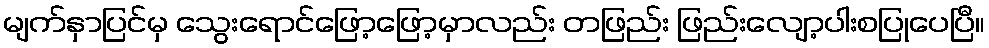
မျက်နှာပြင်မှ သွေးရောင်ဖြော့ဖြော့မှာလည်း တဖြည်း ဖြည်းလျော့ပါးစပြုပေပြီ။